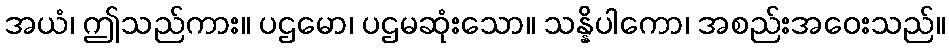
အယံ၊ ဤသည်ကား။ ပဌမော၊ ပဌမဆုံးသော။ သန္နိပါကော၊ အစည်းအဝေးသည်။